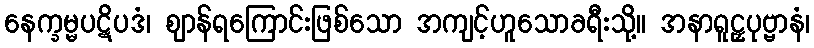
နေက္ခမ္မပဋိပဒံ၊ ဈာန်ရကြောင်းဖြစ်သော အကျင့်ဟူသောခရီးသို့။ အနာရူဠှပုဗ္ဗာနံ၊